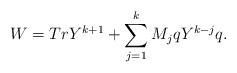
LaTeX: \begin{align*}W = Tr Y^{k+1} + \sum^k_{j=1} M_j q Y^{k-j} q.\end{align*}